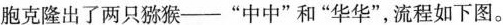
胞克隆出了两只猕猴一“中中”和“华华”流程如下图。